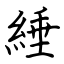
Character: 綞